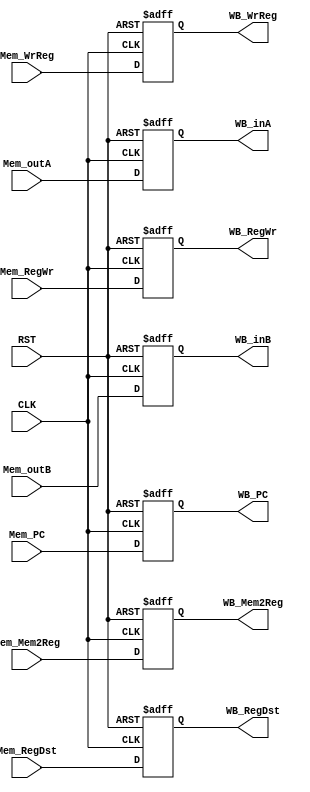
module MEM_WB(CLK,RST,
                 Mem_outB,WB_inB,
                 Mem_outA,WB_inA,
                 Mem_RegDst,WB_RegDst,
                 Mem_RegWr,WB_RegWr,
                 Mem_WrReg,WB_WrReg,
                 Mem_Mem2Reg,WB_Mem2Reg,
                 Mem_PC,WB_PC);
input CLK,RST,Mem_RegWr;
input [31:0]Mem_outB,Mem_outA;
input [31:0]Mem_PC;
input [1:0]Mem_Mem2Reg,Mem_RegDst;
input [4:0]Mem_WrReg;

output reg[1:0]WB_Mem2Reg,WB_RegDst;
output reg[4:0]WB_WrReg;
output reg[31:0]WB_inA,WB_inB;
output reg [31:0]WB_PC;
output reg WB_RegWr;

always@(posedge CLK or posedge RST) begin
    if(RST) begin
        WB_inA<=32'b0;
        WB_inB<=32'b0;
        WB_RegWr<=0;
        WB_RegDst<=0;
        WB_Mem2Reg<=0;
        WB_WrReg<=0;
        WB_PC<=31'b0;
    end
    else begin
        WB_inA<=Mem_outA;
        WB_inB<=Mem_outB;
        WB_RegWr<=Mem_RegWr;
        WB_RegDst<=Mem_RegDst;
        WB_Mem2Reg<=Mem_Mem2Reg;
        WB_WrReg<=Mem_WrReg;
        WB_PC<=Mem_PC;
    end
end
endmodule